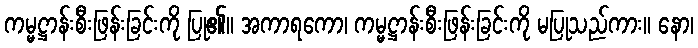
ကမ္မဋ္ဌာန်းစီးဖြန်းခြင်းကို ပြု၏။ အကာရကော၊ ကမ္မဋ္ဌာန်းစီးဖြန်းခြင်းကို မပြုသည်ကား။ နော၊